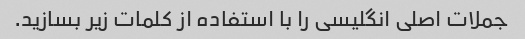
جملات اصلی انگلیسی را با استفاده از کلمات زیر بسازید.